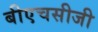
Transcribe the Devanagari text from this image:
बीएचसीजी